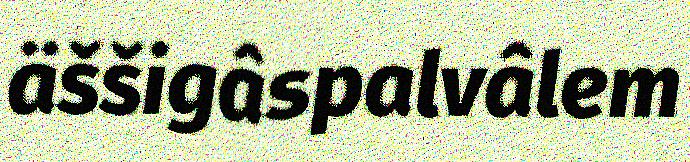
äššigâspalvâlem